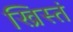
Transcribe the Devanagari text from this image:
ख्रिस्तं